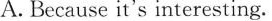
A. Because it's interesting.